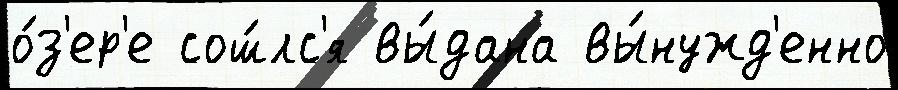
о́з'ер'е сош́лс'я вы́дана вы́нужд'енно